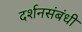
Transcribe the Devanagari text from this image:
दर्शनसंबंधी